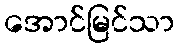
အောင်မြင်သာ